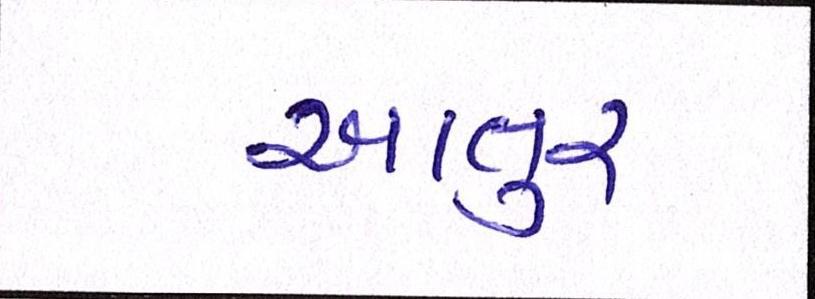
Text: આતુર